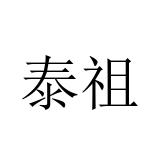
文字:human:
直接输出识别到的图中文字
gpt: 泰祖